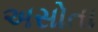
અસોતા